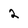
Character: 2